Lunatic asylums Punjab 1911-1921 - 1911-1921
Year: 1911
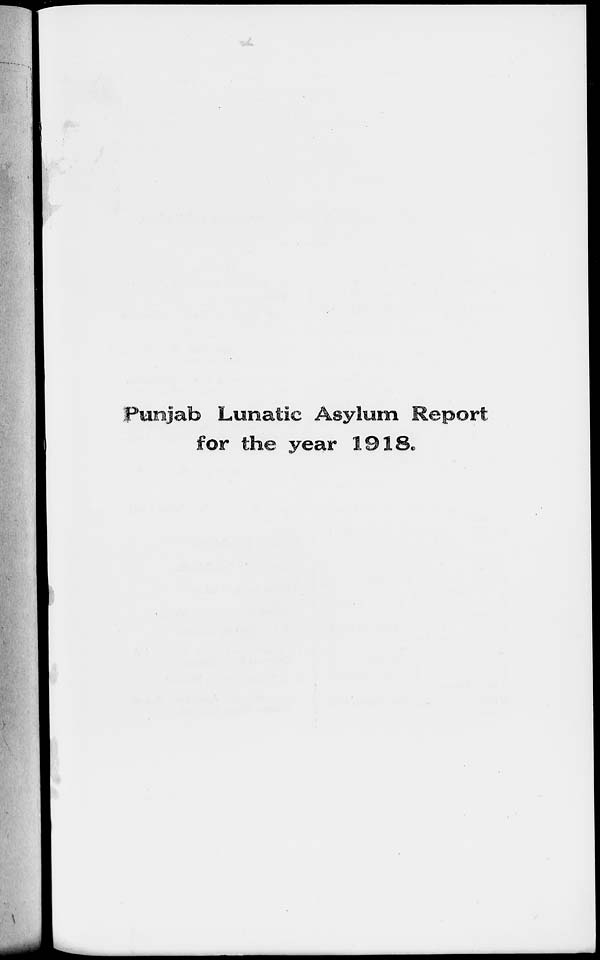
Punjab Lunatic Asylum Report
for the year 1918.